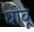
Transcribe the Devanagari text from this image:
घोवू